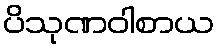
ပိသုဏဝါစာယ